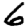
Digit: 6